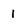
Character: 1